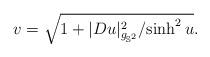
LaTeX: \begin{align*} v=\sqrt{1+|Du|^2_{g_{\mathbb{S}^2}}/{\sinh^{2}u}}.\end{align*}